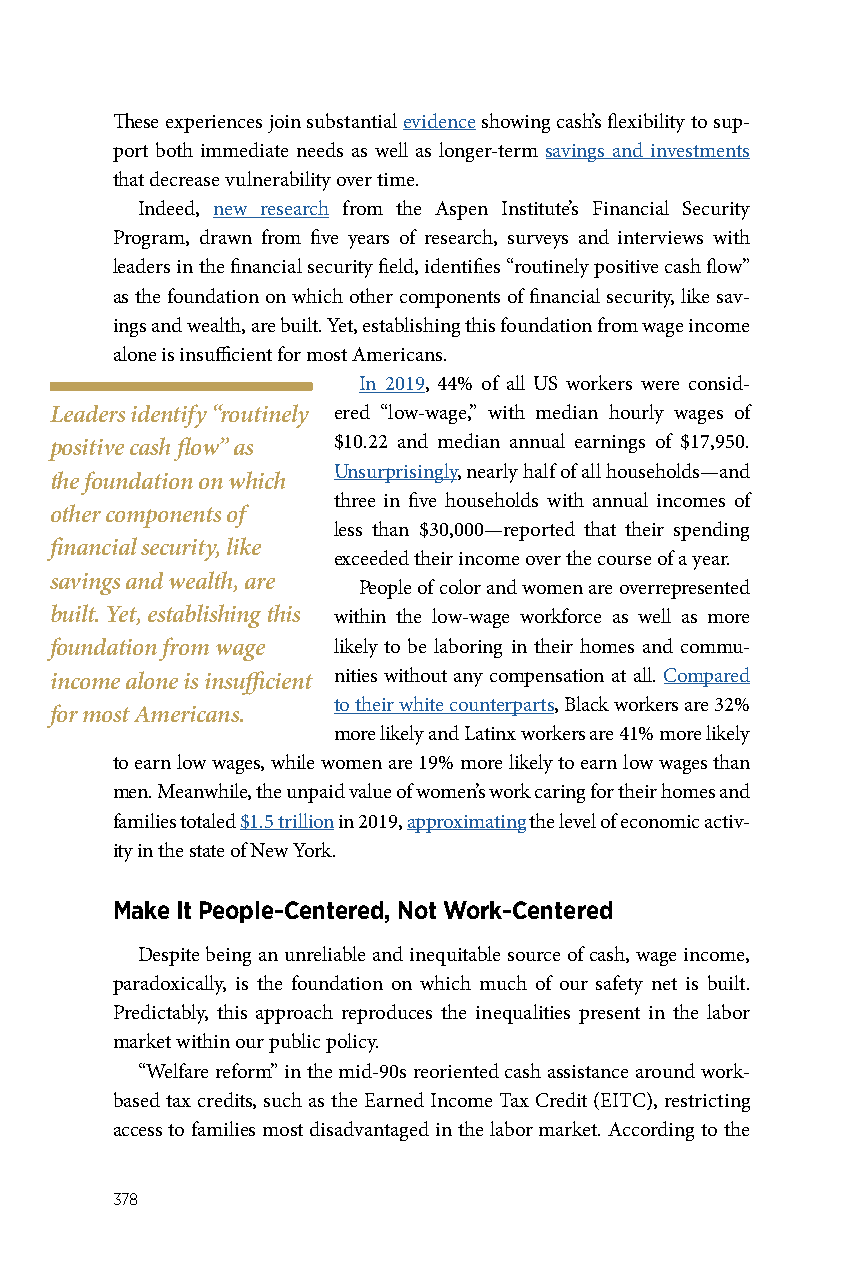
These experiences join substantial evidence showing cash’s flexibility to sup-
 port both immediate needs as well as longer-term savings and investments
 that decrease vulnerability over time.
 Indeed, new research from the Aspen Institute’s Financial Security
 Program, drawn from five years of research, surveys and interviews with
 leaders in the financial security field, identifies “routinely positive cash flow”
 as the foundation on which other components of financial security, like sav-
 ings and wealth, are built. Yet, establishing this foundation from wage income
 alone is insufficient for most Americans.
 In 2019, 44% of all US workers were consid-
 Leaders identify “routinely ered “low-wage,” with median hourly wages of
 positive cash flow” as $10.22 and median annual earnings of $17,950.
 Unsurprisingly, nearly half of all households—and
 the foundation on which
 three in five households with annual incomes of
 other components of
 less than $30,000—reported that their spending
 financial security, like
 exceeded their income over the course of a year.
 savings and wealth, are
 People of color and women are overrepresented
 built. Yet, establishing this within the low-wage workforce as well as more
 foundation from wage likely to be laboring in their homes and commu-
 income alone is insufficient nities without any compensation at all. Compared
 to their white counterparts, Black workers are 32%
 for most Americans.
 more likely and Latinx workers are 41% more likely
 to earn low wages, while women are 19% more likely to earn low wages than
 men. Meanwhile, the unpaid value of women’s work caring for their homes and
 families totaled $1.5 trillion in 2019, approximating the level of economic activ-
 ity in the state of New York.
 Make It People-Centered, Not Work-Centered
 Despite being an unreliable and inequitable source of cash, wage income,
 paradoxically, is the foundation on which much of our safety net is built.
 Predictably, this approach reproduces the inequalities present in the labor
 market within our public policy.
 “Welfare reform” in the mid-90s reoriented cash assistance around work-
 based tax credits, such as the Earned Income Tax Credit (EITC), restricting
 access to families most disadvantaged in the labor market. According to the
 378